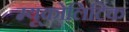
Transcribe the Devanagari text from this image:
म्यूकोलिटिक